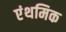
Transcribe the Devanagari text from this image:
एंथमिक